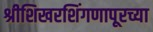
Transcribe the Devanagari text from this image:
श्रीशिखरशिंगणापूरच्या